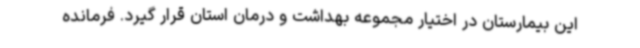
این بیمارستان در اختیار مجموعه بهداشت و درمان استان قرار گیرد. فرمانده